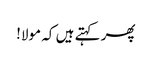
پھر کہتے ہیں کہ مولا!